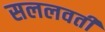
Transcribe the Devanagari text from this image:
सललवती